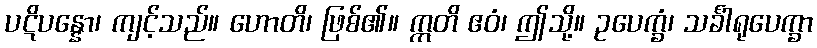
ပဋိပန္နော၊ ကျင့်သည်။ ဟောတိ၊ ဖြစ်၏။ ဣတိ ဧဝံ၊ ဤသို့။ ဥပေက္ခံ၊ သင်္ခါရုပေက္ခာ